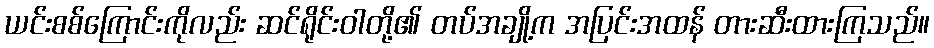
ယင်းစစ်ကြောင်းကိုလည်း ဆင်ရိုင်းဝါတို့၏ တပ်အချို့က အပြင်းအထန် တားဆီးထားကြသည်။